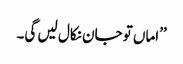
’’اماں تو جان نکال لیں گی۔